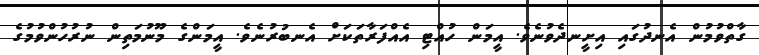
ގާތްވުމުން އެނދުގައި އިށީނދެވުނެވެ. އީމަން ހުއްޓި އެއްފަރާތަކަށް އެނބުރުނެވެ. އީމަންގެ މޫނުމަތިން ނުރުހުންވުމުގެ